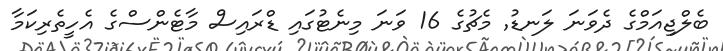
ބެލްޖިއަމްގެ ދެވަނަ ލަނޑު